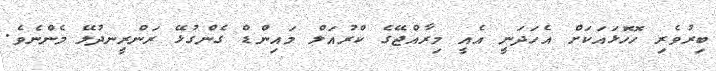
ބިރުވެރި ހޮހޮޅައަކަށް އެހަދަނީ އެއީ މިރާއްޖޭގެ ކްރުއަލް މައިންޑް ގެންގުޅޭ ރަންރީނދުލޭ މެންނެވެ.